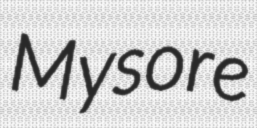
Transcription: Mysore